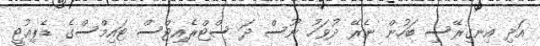
އަދި އިނގިރޭސި ބަހުން ނެރޭ ދުވަހު ނޫސް ދަ ސްޓްރެއިޓްސް ޓައިމްސްގެ ޑެޕިއުޓީ